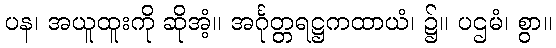
ပန၊ အယူထူးကို ဆိုအံ့။ အင်္ဂုတ္တရဋ္ဌကထာယံ၊ ၌။ ပဌမံ၊ စွာ။